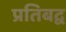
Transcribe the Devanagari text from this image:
प्रतिबद्व